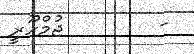
-        ޖުމްހޫރީ